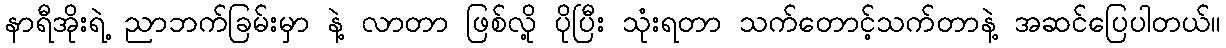
နာရီအိုးရဲ့ ညာဘက်ခြမ်းမှာ နဲ့ လာတာ ဖြစ်လို့ ပိုပြီး သုံးရတာ သက်တောင့်သက်တာနဲ့ အဆင်ပြေပါတယ်။